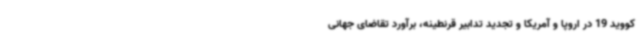
کووید 19 در اروپا و آمریکا و تجدید تدابیر قرنطینه، برآورد تقاضای جهانی